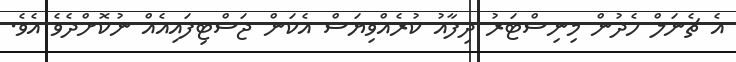
އެ ޗެނަލް ހެދުން މިނިސްޓަރު ދިފާއު ކުރެއްވިޔަސް އެކަން ޖަސްޓިފައިއެއް ނުކޮށްދެވެ އެވެ.